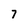
Character: 7